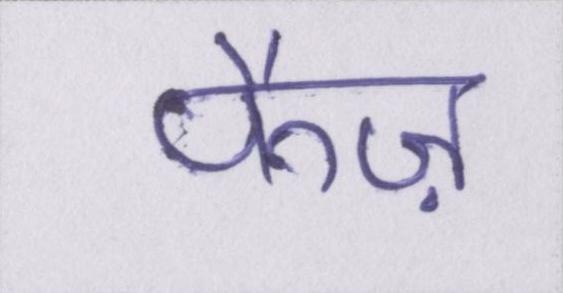
फैज़